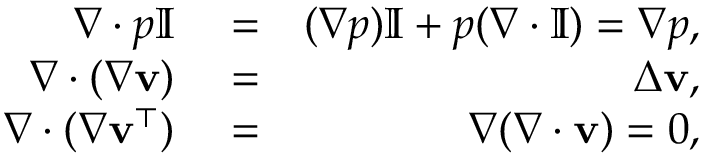
\begin{array} { r l r } { \nabla \cdot p \mathbb { I } } & { { } = } & { ( \nabla p ) \mathbb { I } + p ( \nabla \cdot \mathbb { I } ) = \nabla p , } \\ { \nabla \cdot ( \nabla \mathbf { v } ) } & { { } = } & { \Delta \mathbf { v } , } \\ { \nabla \cdot ( \nabla \mathbf { v } ^ { \top } ) } & { { } = } & { \nabla ( \nabla \cdot \mathbf { v } ) = 0 , } \end{array}